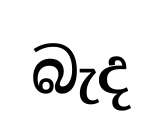
බැද